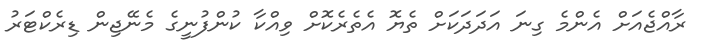
ރާއްޖެއަށް އެންމެ ގިނަ އަދަދަކަށް ތެޔޮ އެތެރެކޮށް ވިއްކާ ކުންފުނީގެ މެނޭޖިން ޑިރެކްޓަރު